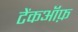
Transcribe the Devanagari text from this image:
टेंकऑफ़